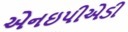
એનઇપીએડી